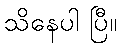
သိနေပါ ပြီ။